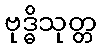
ဗုဒ္ဓိသုတ္တ